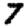
Digit: 7